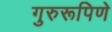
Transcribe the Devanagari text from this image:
गुरुरूपिणे